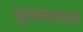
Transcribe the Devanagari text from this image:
पुरानावाला